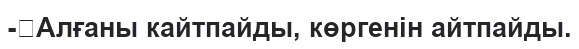
-	Алғаны кайтпайды, көргенін айтпайды.